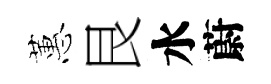
蕙艮水蔚